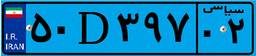
۵۰D۳۹۷۰۲